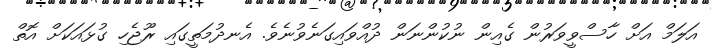
އަލަމް އަށް ހާސްވީވަރުން ގެއިން ނުކުންނަން ދުއްވައިގަނެވުނެވެ. އެނދުމަތީގައި ރޫޖެހި ގުޅައަކަށް އޮތް